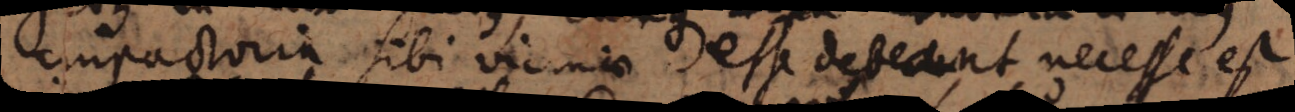
impactoria sibi vicinae esse debeant, necesse est